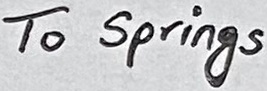
Text: To Springs